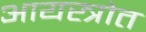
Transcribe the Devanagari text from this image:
आयस्त्रोत